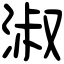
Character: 淑